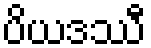
ပိယဒဿီ